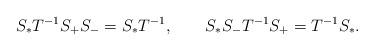
LaTeX: \begin{align*}S_*T^{-1}S_+S_-=S_*T^{-1},\qquad S_*S_-T^{-1}S_+=T^{-1}S_*.\end{align*}